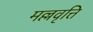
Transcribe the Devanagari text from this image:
मल्लवृत्ति